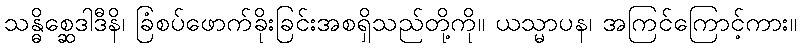
သန္ဓိစ္ဆေဒါဒီနိ၊ ခြံစပ်ဖောက်ခိုးခြင်းအစရှိသည်တို့ကို။ ယသ္မာပန၊ အကြင်ကြောင့်ကား။